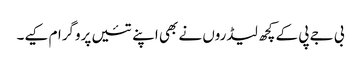
بی جے پی کے کچھ لیڈروں نے بھی اپنے تئیں پروگرام کیے۔